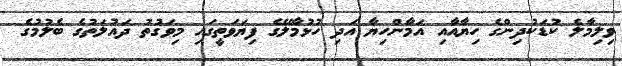
ވިލިމާލެ ކުޑަކުދިންގެ ހިޔާއާއި އަމާންހިޔާ އަދި ހުޅުމާލޭގެ ފިޔަވަތީގައި މިވަގުތު ދައުލަތުގެ ބެލުމުގެ